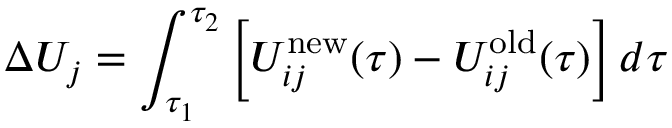
\Delta U _ { j } = \int _ { \tau _ { 1 } } ^ { \tau _ { 2 } } \left[ U _ { i j } ^ { \mathrm { n e w } } ( \tau ) - U _ { i j } ^ { \mathrm { o l d } } ( \tau ) \right] d \tau